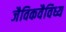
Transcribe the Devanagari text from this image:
जैविकवैविध्य